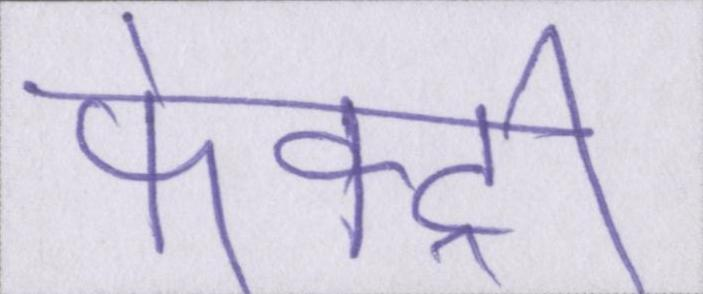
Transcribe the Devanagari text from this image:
फेक्ट्री